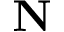
\mathbf { N }